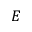
E